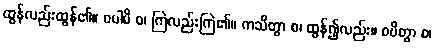
ထွန်လည်းထွန်၏။ ဝပါမိ စ၊ ကြဲလည်းကြဲ၏။ ကသိတွာ စ၊ ထွန်၍လည်း။ ဝပိတွာ စ၊